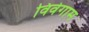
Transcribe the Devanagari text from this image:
विवेगाम